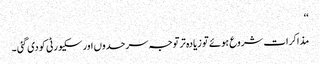
‘‘
مذاکرات شروع ہوئے تو زیادہ تر توجہ سرحدوں اور سکیورٹی کو دی گئی ۔